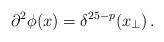
LaTeX: \begin{align*}\partial^2 \phi (x) = \delta^{25-p} (x_\bot) \,.\end{align*}